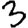
Digit: 3